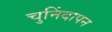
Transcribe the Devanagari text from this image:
चुनिंदापन